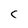
Character: C